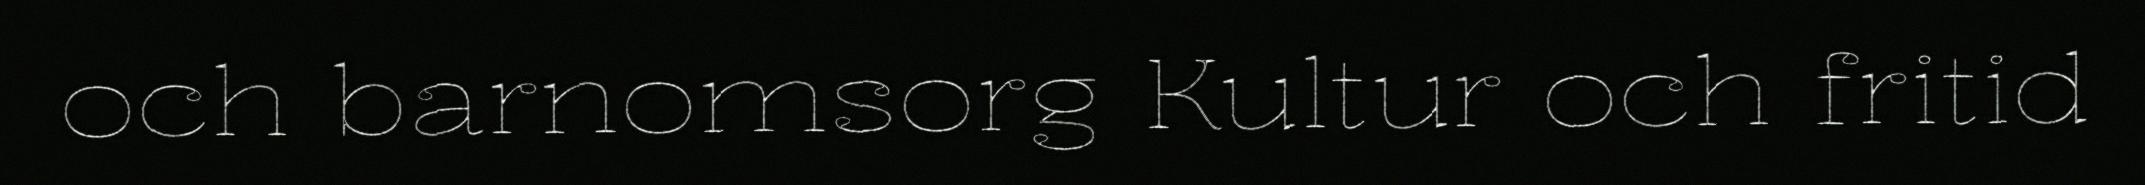
och barnomsorg Kultur och fritid